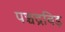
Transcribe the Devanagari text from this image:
पञ्चद्रविड़